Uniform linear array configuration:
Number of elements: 16
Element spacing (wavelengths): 0.75
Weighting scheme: uniform
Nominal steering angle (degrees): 15
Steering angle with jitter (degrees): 16.274
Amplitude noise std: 0.05
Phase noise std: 0.05

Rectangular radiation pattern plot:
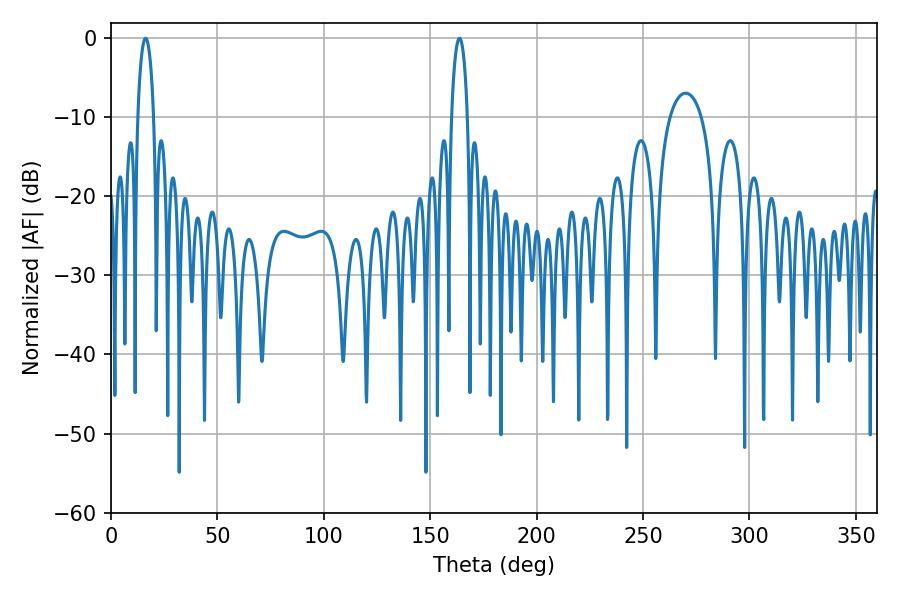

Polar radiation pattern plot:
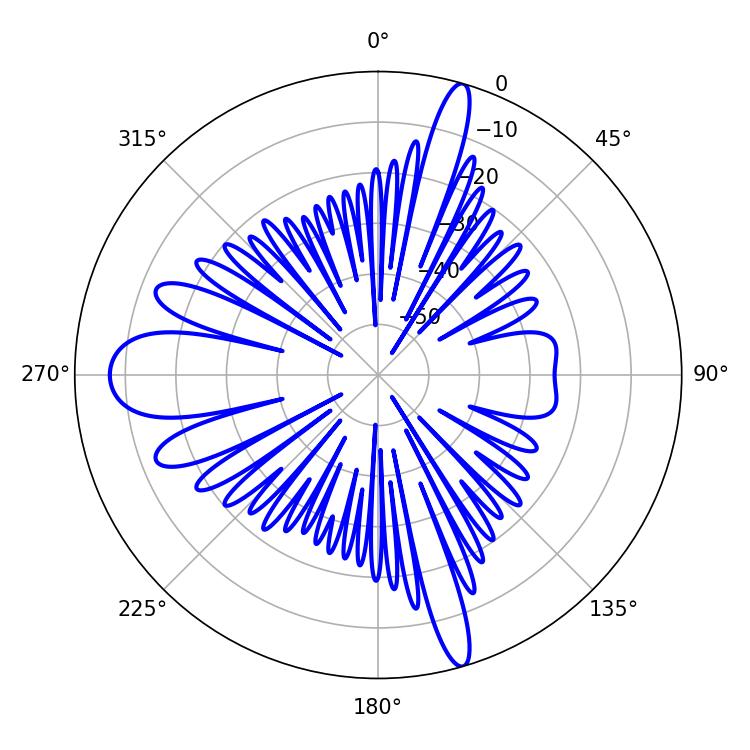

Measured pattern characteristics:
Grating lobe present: TRUE
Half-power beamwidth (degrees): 4.14
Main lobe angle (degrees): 16.2